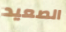
الصعيد